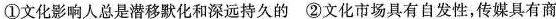
①文化影响人总是潜移默化和深远持久的 ②文化市场具有自发性，传媒具有商